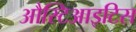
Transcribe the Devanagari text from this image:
औस्टिआइटिस